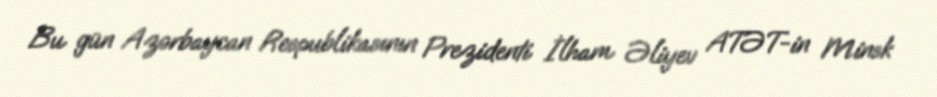
Bu gün Azərbaycan Respublikasının Prezidenti İlham Əliyev ATƏT-in Minsk